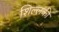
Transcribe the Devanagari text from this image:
शिल्लकी